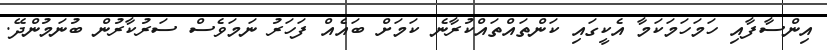
އިންސާފާއި ހަމަހަމަކަމާ އެކީގައި ކަންތައްތައްކުރާނެ ކަމަށް ބައެއް ފަހަރު ނަމަވެސް ސަރުކާރުން ބުނަމުންދޭ.